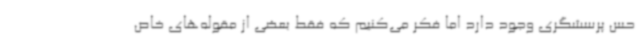
حس پرسشگری وجود دارد اما فکر می‌کنیم که فقط بعضی از مقوله‌های خاص